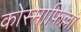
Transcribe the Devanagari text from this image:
कोस्मोफिल्ला